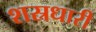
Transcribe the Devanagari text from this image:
शस्रधारी